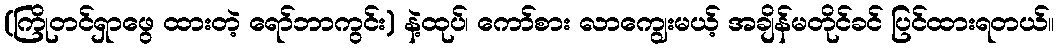
(ကြိုတင်ရှာဖွေ ထားတဲ့ ရော်ဘာကွင်း) နဲ့ထုပ်၊ ကော်စား လာကျွေးမယ့် အချိန်မတိုင်ခင် ပြင်ထားရတယ်။